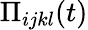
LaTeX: \Pi_{ijkl}(t)